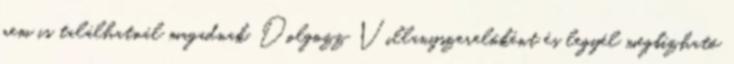
nem is találhatnál magadnak. Dolgozz Villanyszerelőként és legyél megbízható